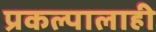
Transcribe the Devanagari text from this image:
प्रकल्पालाही